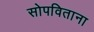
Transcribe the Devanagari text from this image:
सोपविताना